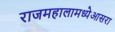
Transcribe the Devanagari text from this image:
राजमहालामध्येआसरा